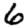
Digit: 6